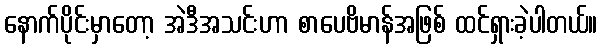
နောက်ပိုင်းမှာတော့ အဲဒီအသင်းဟာ စာပေဗိမာန်အဖြစ် ထင်ရှားခဲ့ပါတယ်။